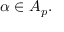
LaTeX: \alpha \in A _ { p } .